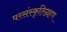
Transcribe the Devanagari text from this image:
परसंस्कृतिग्रहण